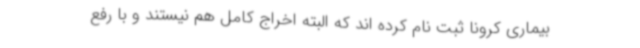
بیماری کرونا ثبت نام کرده اند که البته اخراج کامل هم نیستند و با رفع